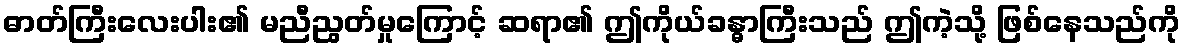
ဓာတ်ကြီးလေးပါး၏ မညီညွတ်မှုကြောင့် ဆရာ၏ ဤကိုယ်ခန္ဓာကြီးသည် ဤကဲ့သို့ ဖြစ်နေသည်ကို